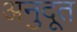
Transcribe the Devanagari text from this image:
अनुदूत